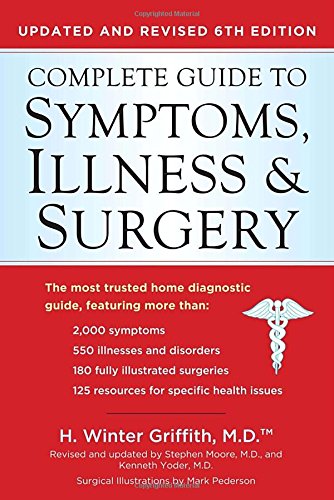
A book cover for Complete Guide to Symptoms, Illness, & Surgery, 6th Edition (Complete Guidel to Symptons, Illness and Surgery); H. Winter Griffith; Health, Fitness & Dieting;